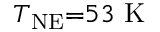
T _ { \mathrm { N E } } { = } 5 3 \ \mathrm { K }